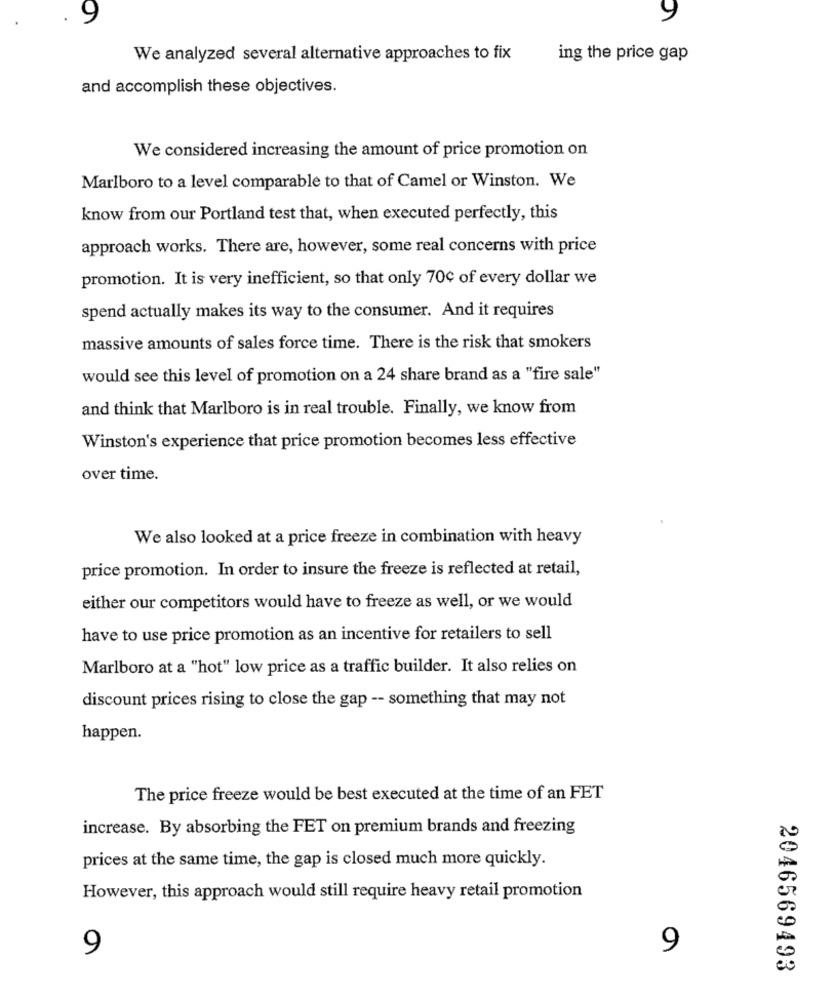
9
y
We analyzed several alternative approaches to fix
ing the price gap
and accomplish these objectives.
We considered increasing the amount of price promotion on
Marlboro to a level comparable to that of Camel or Winston. We
know from our Portland test that, when executed perfectly, this
approach works. There are, however, some real concerns with price
promotion. It is very inefficient, so that only 70℃ of every dollar we
spend actually makes its way to the consumer. And it requires
massive amounts of sales force time. There is the risk that smokers
would see this level of promotion on a 24 share brand as a "fire sale"
and think that Marlboro is in real trouble. Finally, we know from
Winston's experience that price promotion becomes less effective
over time.
We also looked at a price freeze in combination with heavy
price promotion. In order to insure the freeze is reflected at retail,
either our competitors would have to freeze as well, or we would
have to use price promotion as an incentive for retailers to sell
Marlboro at a "hot" low price as a traffic builder. It also relies on
discount prices rising to close the gap -- something that may not
happen.
The price freeze would be best executed at the time of an FET
increase. By absorbing the FET on premium brands and freezing
prices at the same time, the gap is closed much more quickly.
However, this approach would still require heavy retail promotion
9
9
2046569493